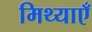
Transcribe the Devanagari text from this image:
मिथ्याएँ